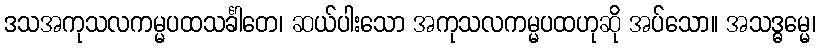
ဒသအကုသလကမ္မပထသင်္ခါတေ၊ ဆယ်ပါးသော အကုသလကမ္မပထဟုဆို အပ်သော။ အသဒ္ဓမ္မေ၊